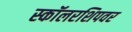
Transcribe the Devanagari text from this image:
स्कॉलरशिपवर